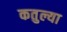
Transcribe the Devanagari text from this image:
कतुल्या